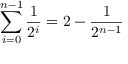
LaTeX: \sum _ { i = 0 } ^ { n - 1 } { \frac { 1 } { 2 ^ { i } } } = 2 - { \frac { 1 } { 2 ^ { n - 1 } } }